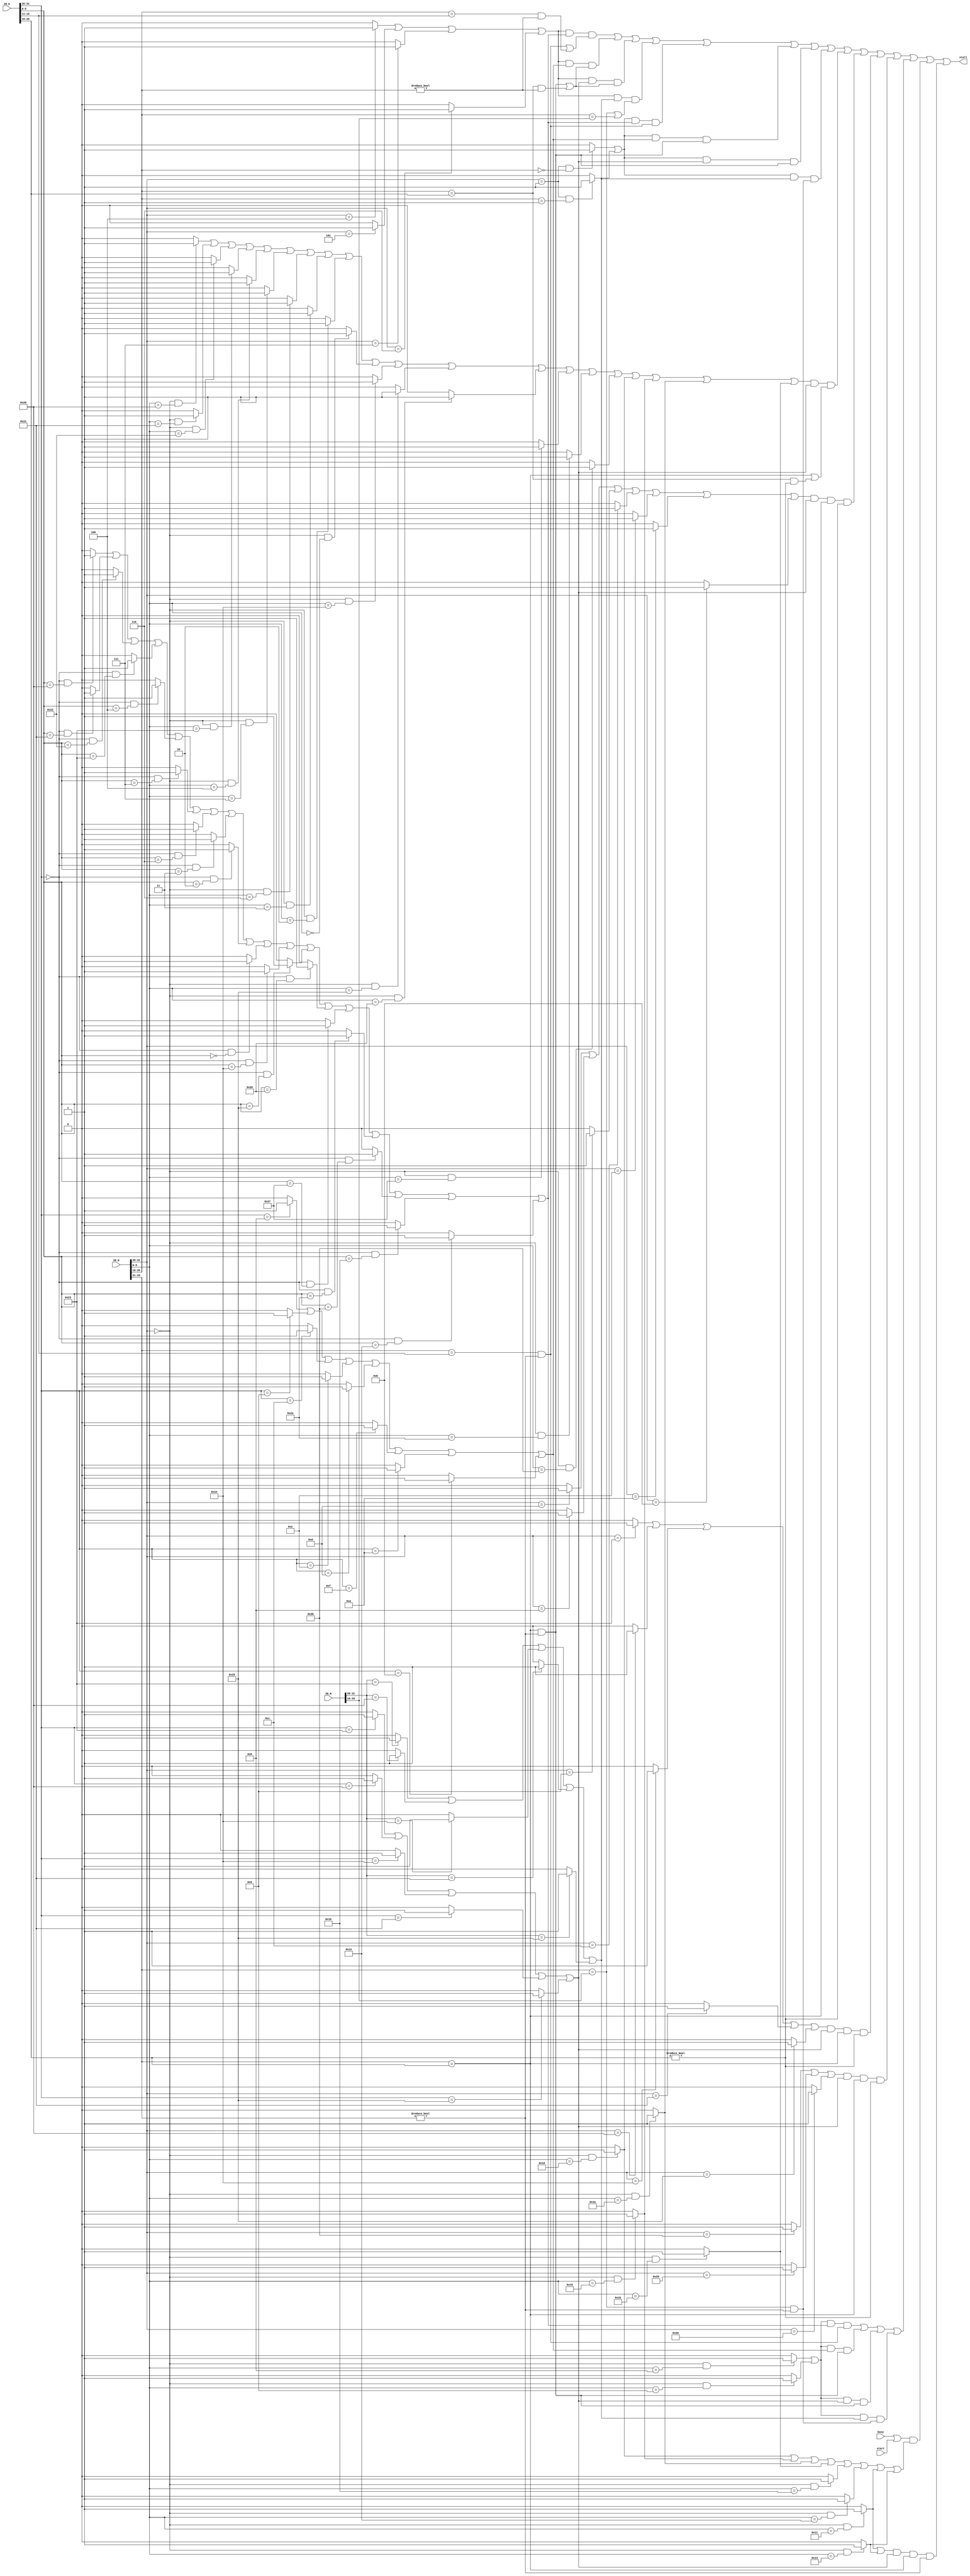
`timescale 1ns / 1ps
//////////////////////////////////////////////////////////////////////////////////
// Company: 
// Engineer: 
// 
// Design Name: 
// Module Name:    PAUSE 
// Project Name: 
// Target Devices: 
// Tool versions: 
// Description: 
//
// Dependencies: 
//
// Revision: 
// Revision 0.01 - File Created
// Additional Comments: 
//
//////////////////////////////////////////////////////////////////////////////////
module PAUSE(
    input [31:0] IR_D,
    input [31:0] IR_E,
    input [31:0] IR_M,
	 input busy,
	 input start,
    output stall
    );
	 parameter R=6'b000000,
	           ADD=6'b100000,
				  ADDU=6'b100001,
				  SUB=6'b100010,
				  SUBU=6'b100011,
				  SLLV=6'b000100,
				  SRAV=6'b000111,
				  SRLV=6'b000110,
				  AND=6'b100100,
				  OR=6'b100101,
				  XOR=6'b100110,
				  NOR=6'b100111,
				  SLT=6'b101010,
				  SLTU=6'b101011,
				  SRA=6'b000011,
				  SRL=6'b000010,
				  SLL=6'b000000,
				  MULT=6'b011000,
				  DIV=6'b011010,
				  MULTU=6'b011001,
				  DIVU=6'b011011,
				  MFHI=6'b010000,
				  MFLO=6'b010010,
				  MTHI=6'b010001,
				  MTLO=6'b010011,
				  ADDI=6'b001000,
				  ADDIU=6'b001001,
				  ANDI=6'b001100,
				  XORI=6'b001110,
	           ORI=6'b001101,
				  LUI=6'b001111,
				  SLTI=6'b001010,
				  SLTIU=6'b001011,
				  LW=6'b100011,
				  LB=6'b100000,
				  LBU=6'b100100,
				  LH=6'b100001,
				  LHU=6'b100101,
				  SW=6'b101011,
	           SH=6'b101001,
				  SB=6'b101000,
				  BEQ=6'b000100,
				  BNE=6'b000101,
				  BGTZ=6'b000111,
				  BLEZ=6'b000110,
				  BLTZ=5'b00000,
				  BGEZ=5'b00001,
				  JAL=6'b000011,
				  JR=6'b001000,
				  JALR=6'b001001;
	 
    wire [5:0]op_e,fun_e,op_d,fun_d,op_m,fun_m;
	 wire [4:0]rs_d,rt_d,rt_e,rd_e,rt_m,rd_m;
    
	 wire add_d,addu_d,sub_d,subu_d,sllv_d,srav_d,srlv_d,and_d,or_d,xor_d,nor_d,slt_d,sltu_d,sra_d,srl_d,sll_d;
	 wire mult_d,multu_d,div_d,divu_d,mfhi_d,mflo_d,mthi_d,mtlo_d;
	 wire addi_d,addiu_d,xori_d,andi_d,ori_d,slti_d,sltiu_d;
	 wire lw_d,lb_d,lbu_d,lh_d,lhu_d;
	 wire sw_d,sh_d,sb_d;
	 wire beq_d,bne_d,bgtz_d,blez_d,bltz_d,bgez_d;
	 wire jr_d,jalr_d;
	 wire cal_r_d,cal_i_d,ld_d,st_d,b_d,md_d,mt_d;
	 
	 assign op_d=IR_D[31:26];
	 assign fun_d=IR_D[5:0];
	 assign rs_d=IR_D[25:21];
	 assign rt_d=IR_D[20:16];
	 assign op_e=IR_E[31:26];
	 assign fun_e=IR_E[5:0];
	 assign rt_e=IR_E[20:16];
	 assign rd_e=IR_E[15:11];
	 assign op_m=IR_M[31:26];
	 assign fun_m=IR_M[5:0];
	 assign rt_m=IR_M[20:16];
	 assign rd_m=IR_M[15:11];
	 
	 assign add_d=(op_d==R&&fun_d==ADD)?1:0;
	 assign addu_d=(op_d==R&&fun_d==ADDU) ? 1:0;
	 assign sub_d=(op_d==R&&fun_d==SUB)?1:0;
	 assign subu_d=(op_d==R&&fun_d==SUBU)?1:0;
	 assign sllv_d=(op_d==R&&fun_d==SLLV)?1:0;
	 assign srav_d=(op_d==R&&fun_d==SRAV)?1:0;
	 assign srlv_d=(op_d==R&&fun_d==SRLV)?1:0;
	 assign and_d=(op_d==R&&fun_d==AND)?1:0;
	 assign or_d=(op_d==R&&fun_d==OR)?1:0;
	 assign xor_d=(op_d==R&&fun_d==XOR)?1:0;
	 assign nor_d=(op_d==R&&fun_d==NOR)?1:0;
	 assign slt_d=(op_d==R&&fun_d==SLT)?1:0;
	 assign sltu_d=(op_d==R&&fun_d==SLTU)?1:0;
	 assign sra_d=(op_d==R&&fun_d==SRA)?1:0;
	 assign srl_d=(op_d==R&&fun_d==SRL)?1:0;
	 assign sll_d=(op_d==R&&fun_d==SLL)?1:0;
	 assign mult_d=(op_d==R&&fun_d==MULT)?1:0;
	 assign multu_d=(op_d==R&&fun_d==MULTU)?1:0;
	 assign div_d=(op_d==R&&fun_d==DIV)?1:0;
	 assign divu_d=(op_d==R&&fun_d==DIVU)?1:0;
	 assign mfhi_d=(op_d==R&&fun_d==MFHI)?1:0;
	 assign mflo_d=(op_d==R&&fun_d==MFLO)?1:0;
	 assign mthi_d=(op_d==R&&fun_d==MTHI)?1:0;
	 assign mtlo_d=(op_d==R&&fun_d==MTLO)?1:0;
	 assign addi_d=(op_d==ADDI)?1:0;
	 assign addiu_d=(op_d==ADDIU)?1:0;
	 assign andi_d=(op_d==ANDI)?1:0;
	 assign xori_d=(op_d==XORI)?1:0;
	 assign ori_d=(op_d==ORI)?1:0;
	 assign slti_d=(op_d==SLTI)?1:0;
	 assign sltiu_d=(op_d==SLTIU)?1:0;
	 assign lw_d=(op_d==LW)?1:0;
	 assign lb_d=(op_d==LB)?1:0;
	 assign lbu_d=(op_d==LBU)?1:0;
	 assign lh_d=(op_d==LH)?1:0;
	 assign lhu_d=(op_d==LHU)?1:0;
	 assign sw_d=(op_d==SW)?1:0;
	 assign sh_d=(op_d==SH)?1:0;
	 assign sb_d=(op_d==SB)?1:0;
	 assign beq_d=(op_d==BEQ)?1:0;
	 assign bne_d=(op_d==BNE)?1:0;
	 assign bgtz_d=(op_d==BGTZ)?1:0;
	 assign blez_d=(op_d==BLEZ)?1:0;
	 assign bltz_d=(op_d==6'b000001&&rt_d==BLTZ)?1:0;
	 assign bgez_d=(op_d==6'b000001&&rt_d==BGEZ)?1:0;
	 assign jr_d=(op_d==R&&fun_d==JR)?1:0;
	 assign jalr_d=(op_d==R&&fun_d==JALR)?1:0;
	 
    assign cal_r_d=add_d||addu_d||sub_d||subu_d||
	                sllv_d||srav_d||srlv_d||sra_d||srl_d||sll_d||
						 and_d||or_d||xor_d||nor_d||
						 slt_d||sltu_d||mult_d||multu_d||div_d||divu_d;   
	 assign cal_i_d=ori_d||addi_d||addiu_d||andi_d||xori_d||slti_d||sltiu_d;
	 assign ld_d=lw_d||lb_d||lbu_d||lh_d||lhu_d;
	 assign st_d=sw_d||sh_d||sb_d;
	 assign b_d=beq_d||bne_d||bgtz_d||blez_d;
	 assign b2_d=bltz_d||bgez_d;
	 assign md_d=mult_d||multu_d||div_d||divu_d||mfhi_d||mflo_d||mthi_d||mtlo_d;
	 assign mt_d=mthi_d||mtlo_d;
	 
	 wire add_e,addu_e,sub_e,subu_e,sllv_e,srav_e,srlv_e,and_e,or_e,xor_e,nor_e,slt_e,sltu_e,sra_e,srl_e,sll_e;
	 wire mfhi_e,mflo_e;
	 wire addi_e,addiu_e,andi_e,xori_e,ori_e,lui_e,slti_e,sltiu_e;
	 wire lw_e,lb_e,lbu_e,lh_e,lhu_e;
	 wire cal_r_e,cal_i_e,ld_e;
	 
	 assign add_e=(op_e==R&&fun_e==ADD)?1:0;
	 assign addu_e=(op_e==R&&fun_e==ADDU) ? 1:0;
	 assign sub_e=(op_e==R&&fun_e==SUB)?1:0;
	 assign subu_e=(op_e==R&&fun_e==SUBU)?1:0;
	 assign sllv_e=(op_e==R&&fun_e==SLLV)?1:0;
	 assign srav_e=(op_e==R&&fun_e==SRAV)?1:0;
	 assign srlv_e=(op_e==R&&fun_e==SRLV)?1:0;
	 assign and_e=(op_e==R&&fun_e==AND)?1:0;
	 assign or_e=(op_e==R&&fun_e==OR)?1:0;
	 assign xor_e=(op_e==R&&fun_e==XOR)?1:0;
	 assign nor_e=(op_e==R&&fun_e==NOR)?1:0;
	 assign slt_e=(op_e==R&&fun_e==SLT)?1:0;
	 assign sltu_e=(op_e==R&&fun_e==SLTU)?1:0;
	 assign sra_e=(op_e==R&&fun_e==SRA)?1:0;
	 assign srl_e=(op_e==R&&fun_e==SRL)?1:0;
	 assign sll_e=(op_e==R&&fun_e==SLL)?1:0;
	 assign mfhi_e=(op_e==R&&fun_e==MFHI)?1:0;
	 assign mflo_e=(op_e==R&&fun_e==MFLO)?1:0;
	 assign addi_e=(op_e==ADDI)?1:0;
	 assign addiu_e=(op_e==ADDIU)?1:0;
	 assign andi_e=(op_e==ANDI)?1:0;
	 assign xori_e=(op_e==XORI)?1:0;
	 assign ori_e=(op_e==ORI)?1:0;
	 assign lui_e=(op_e==LUI)?1:0;
	 assign slti_e=(op_e==SLTI)?1:0;
	 assign sltiu_e=(op_e==SLTIU)?1:0;
	 assign lw_e=(op_e==LW)?1:0;
	 assign lb_e=(op_e==LB)?1:0;
	 assign lbu_e=(op_e==LBU)?1:0;
	 assign lh_e=(op_e==LH)?1:0;
	 assign lhu_e=(op_e==LHU)?1:0;
	 
	 
	 assign cal_r_e=add_e||addu_e||sub_e||subu_e||
	                sllv_e||srav_e||srlv_e||sra_e||srl_e||sll_e||
						 and_e||or_e||xor_e||nor_e||
						 slt_e||sltu_e||mfhi_e||mflo_e;
	 assign cal_i_e=addi_e||addiu_e||andi_e||xori_e||ori_e||lui_e||slti_e||sltiu_e;
	 assign ld_e=lw_e||lb_e||lbu_e||lh_e||lhu_e;
	 
	 wire lw_m,lb_w,lbu_w,lh_w,lhu_w;
	 wire ld_m;
	 
	 assign lw_m=(op_m==LW)?1:0;
	 assign lb_m=(op_m==LB)?1:0;
	 assign lbu_m=(op_m==LBU)?1:0;
	 assign lh_m=(op_m==LH)?1:0;
	 assign lhu_m=(op_m==LHU)?1:0;
	 
	 assign ld_m=lw_m||lb_m||lbu_m||lh_m||lhu_m;
	 
	 wire stall_b,stall_cal_r,stall_cal_i,stall_ld,stall_st,stall_jr,stall_md,stall_mt;
	 assign stall_b=(b_d&&cal_r_e&&((rs_d==rd_e&&rs_d!=0)||(rt_d==rd_e&&rt_d!=0)))||
	                (b_d&&cal_i_e&&((rs_d==rt_e&&rs_d!=0)||(rt_d==rt_e&&rt_d!=0)))||
						 (b_d&&ld_e&&((rs_d==rt_e&&rs_d!=0)||(rt_d==rt_e&&rt_d!=0)))||
						 (b_d&&ld_m&&((rs_d==rt_m)||(rt_d==rt_m)))||
						 (b2_d&&cal_r_e&&(rs_d==rd_e&&rs_d!=0))||
	                (b2_d&&cal_i_e&&(rs_d==rt_e&&rs_d!=0))||
						 (b2_d&&ld_e   &&(rs_d==rt_e&&rs_d!=0))||
						 (b2_d&&ld_m   &&(rs_d==rt_m&&rs_d!=0));
	 assign stall_jr=((jr_d||jalr_d)&&cal_r_e&&(rs_d==rd_e&&rs_d!=0))||
	                 ((jr_d||jalr_d)&&cal_i_e&&(rs_d==rt_e&&rs_d!=0))||
						  ((jr_d||jalr_d)&&ld_e   &&(rs_d==rt_e&&rs_d!=0))||
						  ((jr_d||jalr_d)&&ld_m   &&(rs_d==rt_m&&rs_d!=0));
	 assign stall_cal_r=cal_r_d&&ld_e&&((rs_d==rt_e)||(rt_d==rt_e)&&rt_e!=0);
	 assign stall_cal_i=cal_i_d&&ld_e&&(rs_d==rt_e)&&rt_e!=0;
	 assign stall_ld=ld_d&&ld_e&&(rs_d==rt_e)&&rt_e!=0;
	 assign stall_st=st_d&&ld_e&&(rs_d==rt_e)&&rt_e!=0;
	 assign stall_md=(busy||start)&&md_d;
	 assign stall_mt=mt_d&&ld_e&&(rs_d==rt_e)&&rs_d!=0;
	 
	 assign stall=stall_b||stall_cal_r||stall_cal_i||stall_ld||stall_st||stall_jr||stall_md||stall_mt;
	 
	 
endmodule